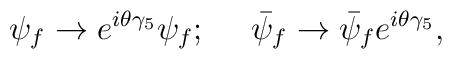
\psi_f \rightarrow e^{i\theta\gamma_5} \psi_f;\ \ \ \ \bar\psi_f \rightarrow \bar\psi_f e^{i\theta\gamma_5} ,